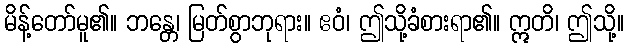
မိန့်တော်မူ၏။ ဘန္တေ၊ မြတ်စွာဘုရား။ ဧဝံ၊ ဤသို့ခံစားရာ၏။ ဣတိ၊ ဤသို့။